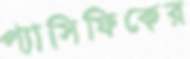
প্যাসিফিকের